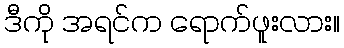
ဒီကို အရင်က ရောက်ဖူးလား။